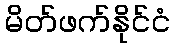
မိတ်ဖက်နိုင်ငံ